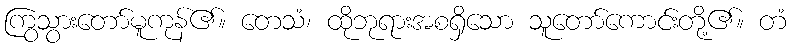
ကြွသွားတော်မူကုန်၏။ တေသံ၊ ထိုဘုရားအစရှိသော သူတော်ကောင်းတို့၏။ တံ